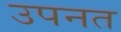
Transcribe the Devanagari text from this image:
उपनत